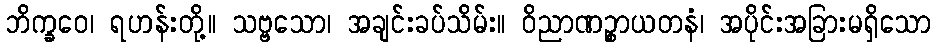
ဘိက္ခဝေ၊ ရဟန်းတို့။ သဗ္ဗသော၊ အချင်းခပ်သိမ်း။ ဝိညာဏဉ္စာယတနံ၊ အပိုင်းအခြားမရှိသော